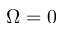
\Omega = 0